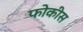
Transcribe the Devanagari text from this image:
फोकीस